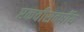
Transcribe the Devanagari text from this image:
एकवीसवर्षीय